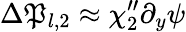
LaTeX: \Delta\mathfrak{P}_{l,2}\approx\chi_{2}^{\prime\prime}\partial_{y}\psi